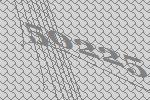
50225